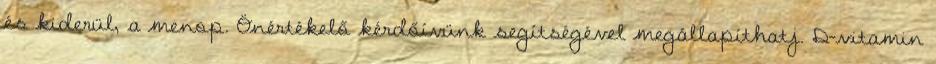
és kiderül, a menop. Önértékelő kérdőívünk segítségével megállapíthatj. D-vitamin